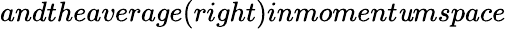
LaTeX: andtheaverage(right)inmoment\mathit{u}mspace